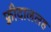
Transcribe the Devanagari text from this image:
फ़्रीदाललह